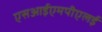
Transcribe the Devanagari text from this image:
एसआईएमपीएलई